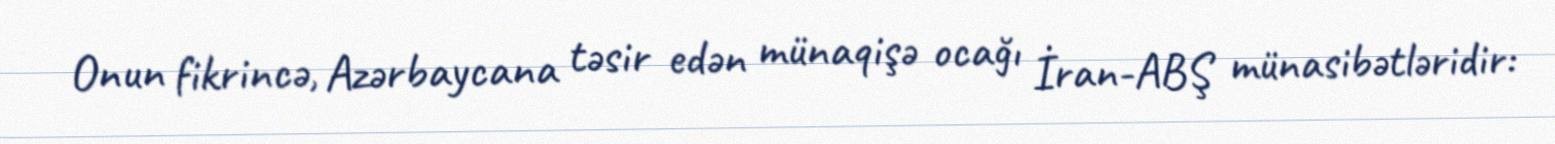
Onun fikrincə, Azərbaycana təsir edən münaqişə ocağı İran-ABŞ münasibətləridir: